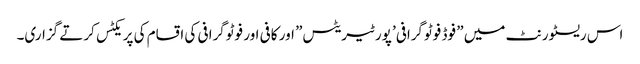
اس ریسٹورنٹ میں ” فوڈ فوٹوگرافی’ پورٹیریٹس” اور کافی اور فوٹوگرافی کی اقسام کی پریکٹس کرتے گزاری۔